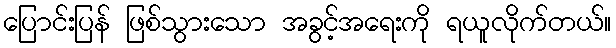
ပြောင်းပြန် ဖြစ်သွားသော အခွင့်အရေးကို ရယူလိုက်တယ်။